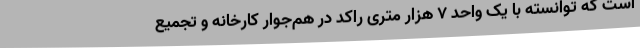
است که توانسته با یک واحد 7 هزار متری راکد در هم‌جوار کارخانه و تجمیع